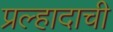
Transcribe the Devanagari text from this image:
प्रल्हादाची